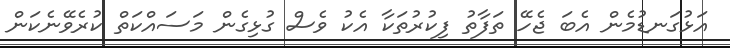
އަޅުގަނޑުމެން އެބަ ޖެހޭ ތަފާތު ފިކުރުތަކާ އެކު ވެސް ގުޅިގެން މަސައްކަތް ކުރެވޭނެކަން